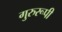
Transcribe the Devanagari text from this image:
गुरुरूपी